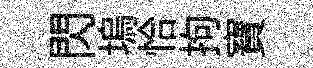
閃塢恰拘寶